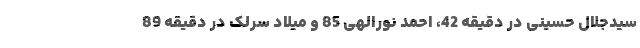
سیدجلال حسینی در دقیقه 42، احمد نورالهی 85 و میلاد سرلک در دقیقه 89